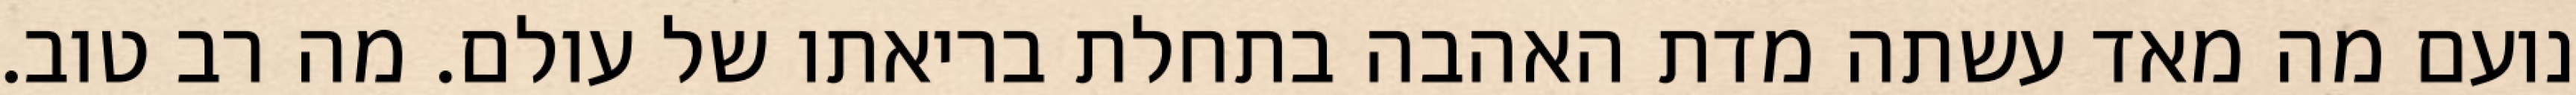
נועם מה מאד עשתה מדת האהבה בתחלת בריאתו של עולם. מה רב טוב.